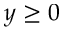
y \geq 0